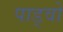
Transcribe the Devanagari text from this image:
पाड्वो